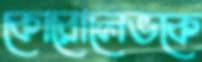
কোরোলেভকে